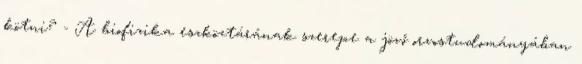
kötni? - A biofizika eszköztárának szerepe a jövő orvostudományában